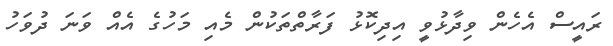
ރައީސް އެހެން ވިދާޅުވީ އިދިކޮޅު ފަރާތްތަކުން މެއި މަހުގެ އެއް ވަނަ ދުވަހު